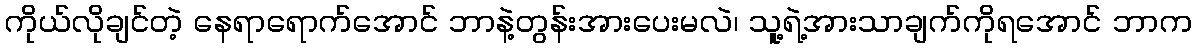
ကိုယ်လိုချင်တဲ့ နေရာရောက်အောင် ဘာနဲ့တွန်းအားပေးမလဲ၊ သူ့ရဲ့အားသာချက်ကိုရအောင် ဘာက